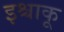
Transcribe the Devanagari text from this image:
इश्चाकू